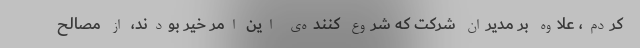
کردم، علاوه بر مدیران شرکت که شروع کننده‌ی این امر خیر بودند، از مصالح